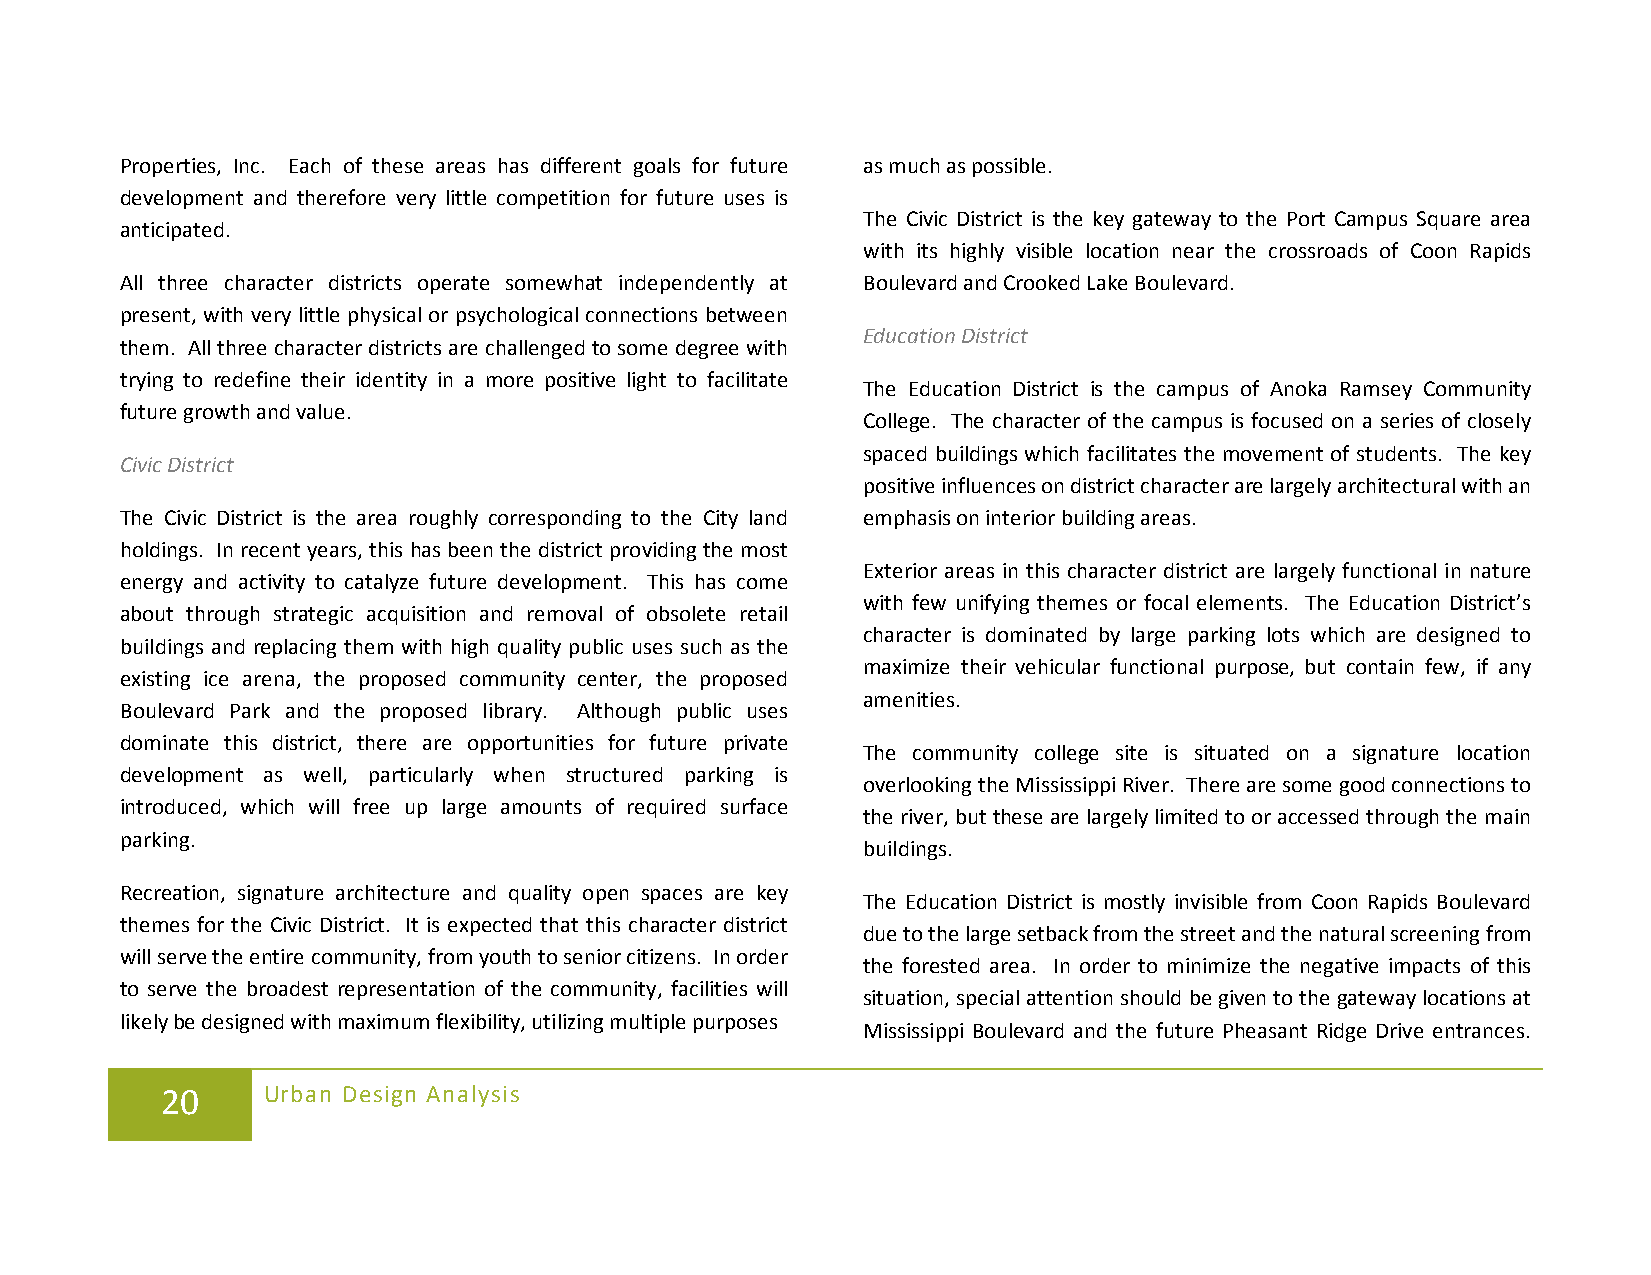
Properties, Inc. Each of these areas has different goals for future as much as possible.
 development and therefore very little competition for future uses is
 The Civic District is the key gateway to the Port Campus Square area
 anticipated.
 with its highly visible location near the crossroads of Coon Rapids
 All three character districts operate somewhat independently at Boulevard and Crooked Lake Boulevard.
 present, with very little physical or psychological connections between
 Education District
 them. All three character districts are challenged to some degree with
 trying to redefine their identity in a more positive light to facilitate
 The Education District is the campus of Anoka Ramsey Community
 future growth and value.
 College. The character of the campus is focused on a series of closely
 spaced buildings which facilitates the movement of students. The key
 Civic District
 positive influences on district character are largely architectural with an
 The Civic District is the area roughly corresponding to the City land emphasis on interior building areas.
 holdings. In recent years, this has been the district providing the most
 Exterior areas in this character district are largely functional in nature
 energy and activity to catalyze future development. This has come
 with few unifying themes or focal elements. The Education District’s
 about through strategic acquisition and removal of obsolete retail
 character is dominated by large parking lots which are designed to
 buildings and replacing them with high quality public uses such as the
 maximize their vehicular functional purpose, but contain few, if any
 existing ice arena, the proposed community center, the proposed
 amenities.
 Boulevard Park and the proposed library. Although public uses
 dominate this district, there are opportunities for future private
 The community college site is situated on a signature location
 development as well, particularly when structured parking is
 overlooking the Mississippi River. There are some good connections to
 introduced, which will free up large amounts of required surface
 the river, but these are largely limited to or accessed through the main
 parking.
 buildings.
 Recreation, signature architecture and quality open spaces are key
 The Education District is mostly invisible from Coon Rapids Boulevard
 themes for the Civic District. It is expected that this character district
 due to the large setback from the street and the natural screening from
 will serve the entire community, from youth to senior citizens. In order
 the forested area. In order to minimize the negative impacts of this
 to serve the broadest representation of the community, facilities will
 situation, special attention should be given to the gateway locations at
 likely be designed with maximum flexibility, utilizing multiple purposes
 Mississippi Boulevard and the future Pheasant Ridge Drive entrances.
 20    Urban Design Analysis